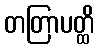
တတြာပတ္ထိ